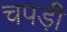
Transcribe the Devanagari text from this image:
चपड़ी